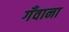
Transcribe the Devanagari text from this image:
गँवाना